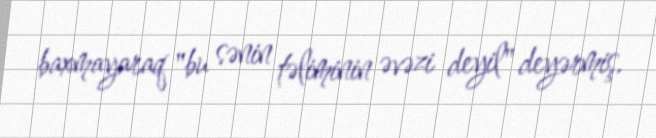
baxmayaraq "bu sənin təliminin əvəzi deyil" deyərmiş.